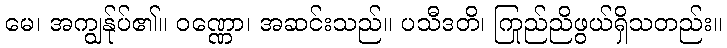
မေ၊ အကျွန်ုပ်၏။ ဝဏ္ဏော၊ အဆင်းသည်။ ပသီဒတိ၊ ကြည်ညိုဖွယ်ရှိသတည်း။